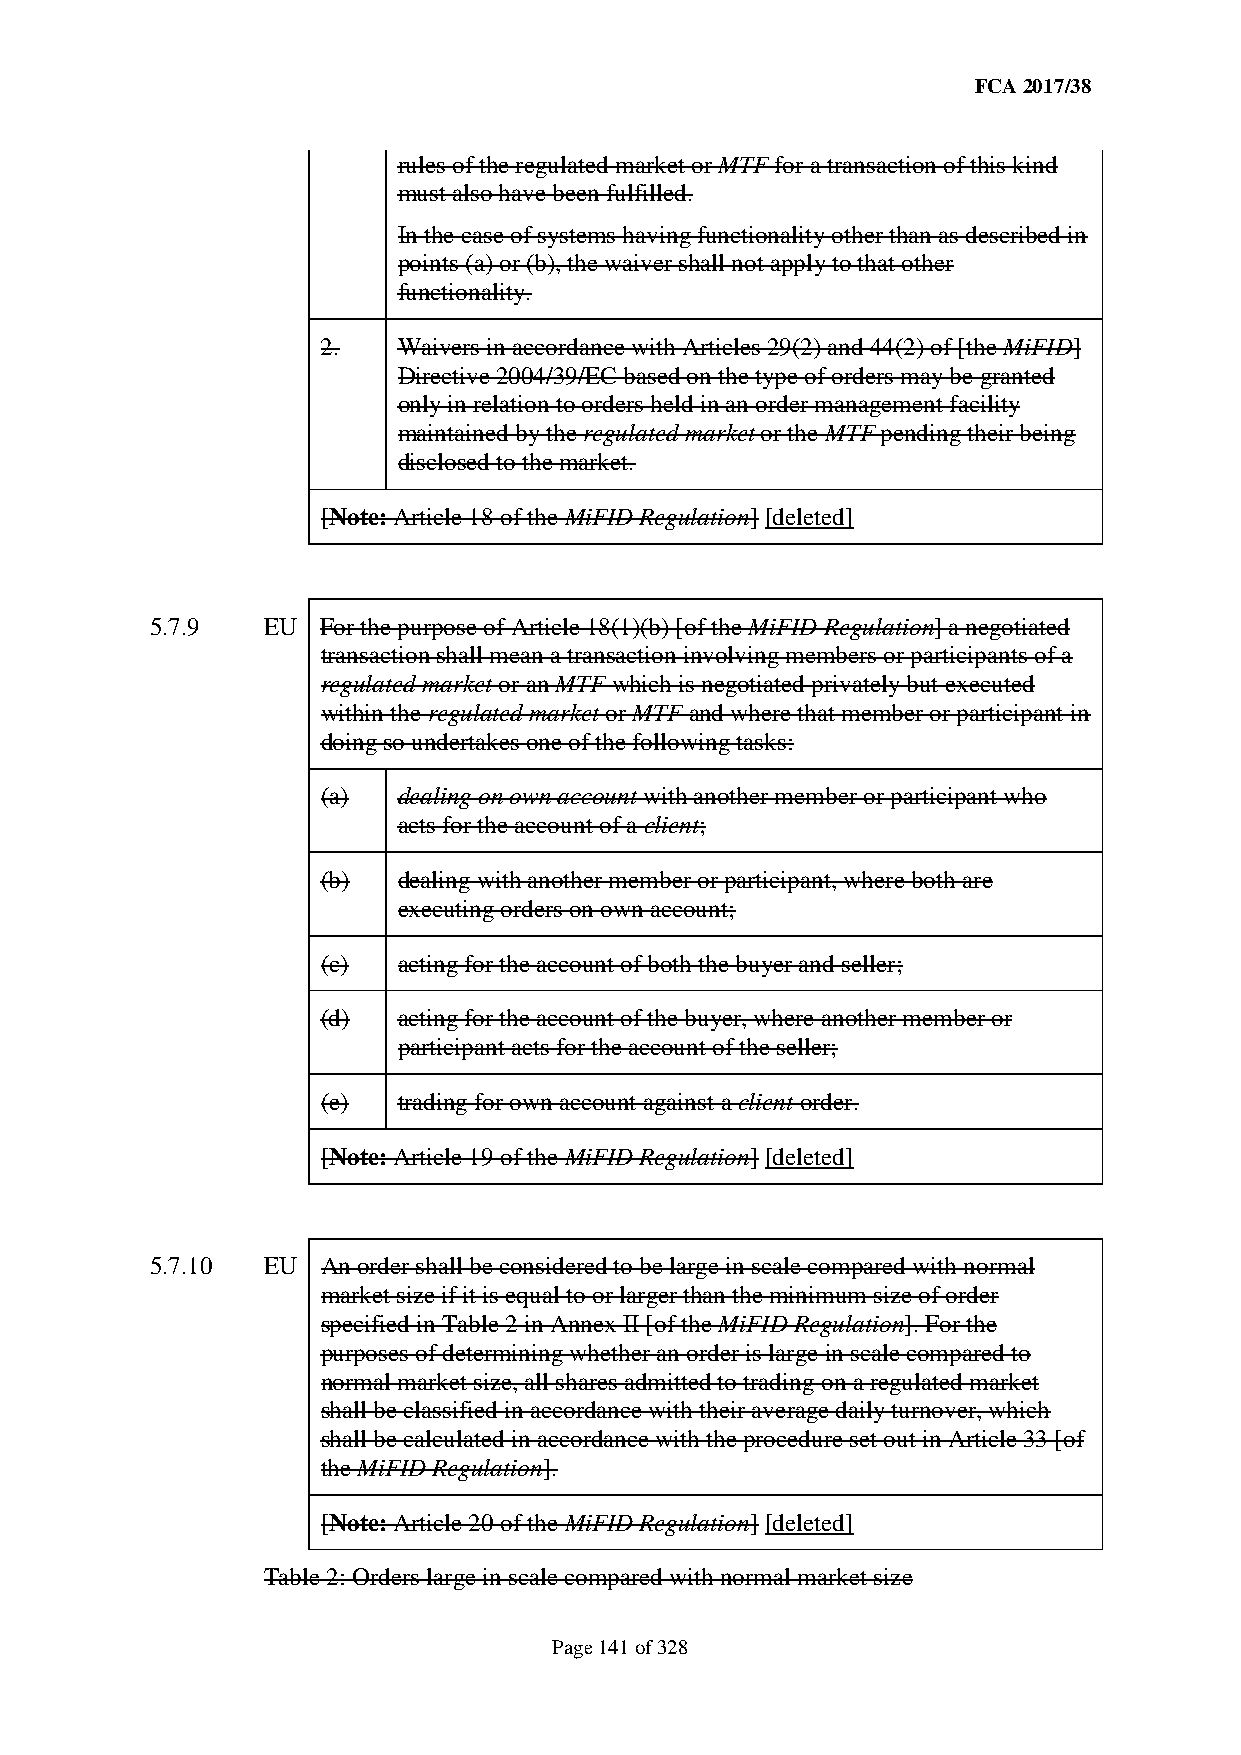
FCA 2017/38
 rules of the regulated market or MTF for a transaction of this kind
 must also have been fulfilled.
 In the case of systems having functionality other than as described in
 points (a) or (b), the waiver shall not apply to that other
 functionality.
 2.   Waivers in accordance with Articles 29(2) and 44(2) of [the MiFID]
 Directive 2004/39/EC based on the type of orders may be granted
 only in relation to orders held in an order management facility
 maintained by the regulated market or the MTF pending their being
 disclosed to the market.
 [Note: Article 18 of the MiFID Regulation] [deleted]
 5.7.9  EU  For the purpose of Article 18(1)(b) [of the MiFID Regulation] a negotiated
 transaction shall mean a transaction involving members or participants of a
 regulated market or an MTF which is negotiated privately but executed
 within the regulated market or MTF and where that member or participant in
 doing so undertakes one of the following tasks:
 (a)  dealing on own account with another member or participant who
 acts for the account of a client;
 (b)  dealing with another member or participant, where both are
 executing orders on own account;
 (c)  acting for the account of both the buyer and seller;
 (d)  acting for the account of the buyer, where another member or
 participant acts for the account of the seller;
 (e)  trading for own account against a client order.
 [Note: Article 19 of the MiFID Regulation] [deleted]
 5.7.10 EU  An order shall be considered to be large in scale compared with normal
 market size if it is equal to or larger than the minimum size of order
 specified in Table 2 in Annex II [of the MiFID Regulation]. For the
 purposes of determining whether an order is large in scale compared to
 normal market size, all shares admitted to trading on a regulated market
 shall be classified in accordance with their average daily turnover, which
 shall be calculated in accordance with the procedure set out in Article 33 [of
 the MiFID Regulation].
 [Note: Article 20 of the MiFID Regulation] [deleted]
 Table 2: Orders large in scale compared with normal market size
 Page 141 of 328